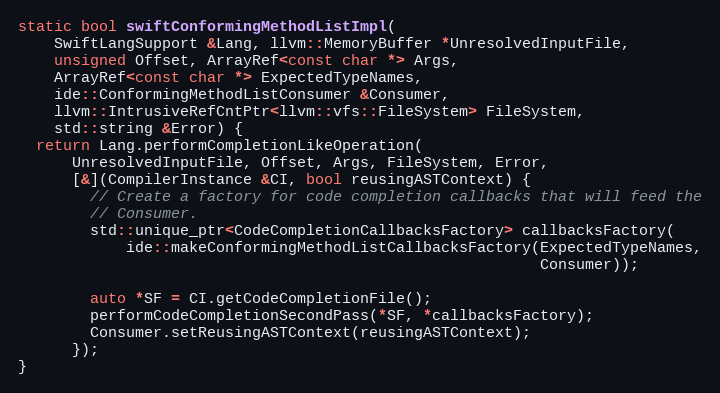
Language: C++
static bool swiftConformingMethodListImpl(
    SwiftLangSupport &Lang, llvm::MemoryBuffer *UnresolvedInputFile,
    unsigned Offset, ArrayRef<const char *> Args,
    ArrayRef<const char *> ExpectedTypeNames,
    ide::ConformingMethodListConsumer &Consumer,
    llvm::IntrusiveRefCntPtr<llvm::vfs::FileSystem> FileSystem,
    std::string &Error) {
  return Lang.performCompletionLikeOperation(
      UnresolvedInputFile, Offset, Args, FileSystem, Error,
      [&](CompilerInstance &CI, bool reusingASTContext) {
        // Create a factory for code completion callbacks that will feed the
        // Consumer.
        std::unique_ptr<CodeCompletionCallbacksFactory> callbacksFactory(
            ide::makeConformingMethodListCallbacksFactory(ExpectedTypeNames,
                                                          Consumer));

        auto *SF = CI.getCodeCompletionFile();
        performCodeCompletionSecondPass(*SF, *callbacksFactory);
        Consumer.setReusingASTContext(reusingASTContext);
      });
}